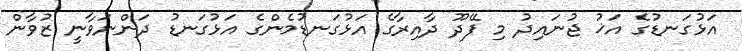
އަޅުގަނޑުގެ އަޚު ޖުނައިދު މި ފޭދޫ ދާއިރާގެ އަޅުގަނޑުމެންގެ އަޅުގަނޑު ދަންނަވާނީ ޒުވާން